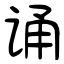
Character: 诵